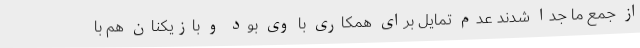
از جمع ما جدا شدند عدم تمایل برای همکاری با وی بود و بازیکنان هم با